Civil Veterinary Department Bihar reports 1936-40 - 1936-1940
Year: 1936
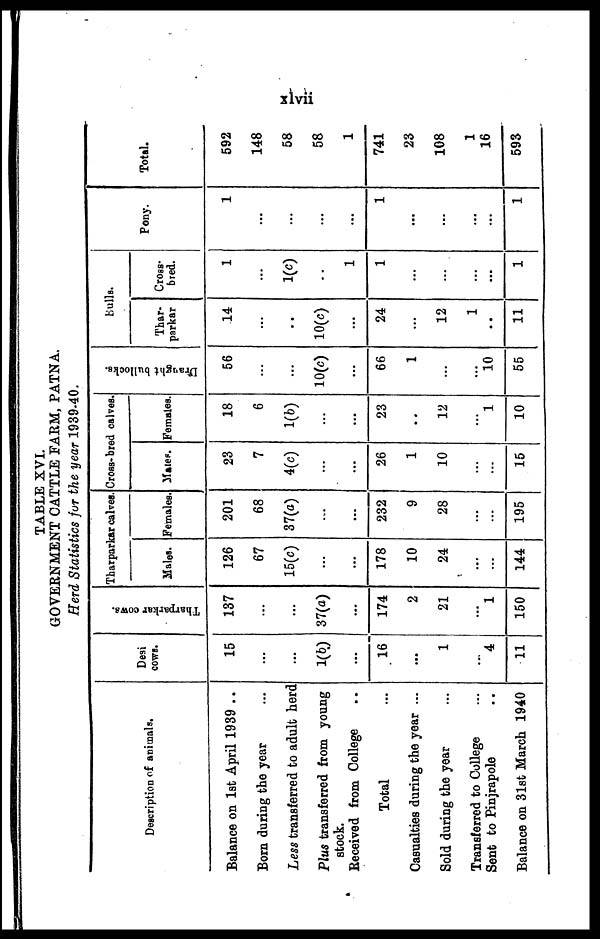
xlvii
TABLE XVI.
GOVERNMENT CATTLE FARM, PATNA.
Herd Statistics for the year 1939-40.
Description of animals.
Balance on 1st April 1939 ..
Born during the year ...
Less transferred to adult herd
Plus transferred from young
stock.
Received from College ..
Total ...
Casualties during the year ...
Sold during the year ...
Transferred to College ...
Sent to Pinjrapole ..
Balance on 31st March 1940
Desi
cows.
15
...
...
1(b)
...
16
...
1
...
4
11
Tharparkar cows.
137
...
...
37(a)
...
174
2
21
...
1
150
Tharparkar calves.
Males.
126
67
15(c)
...
...
178
10
24
...
...
144
Females.
201
68
37(a)
...
...
232
9
28
...
...
195
Cross-bred calves.
Males.
23
7
4(c)
...
...
26
1
10
...
...
15
Females.
18
6
1(b)
...
...
23
..
12
...
1
10
Draught bullocks.
56
...
...
10(c)
...
66
1
...
...
10
55
Bulls.
Thar-
parkar
14
...
..
10(c)
...
24
...
12
1
..
11
Cross-
bred.
1
...
1(c)
..
1
1
...
...
...
...
1
Pony.
1
...
...
...
...
1
...
...
...
...
1
Total.
592
148
58
58
1
741
23
108
1
16
593